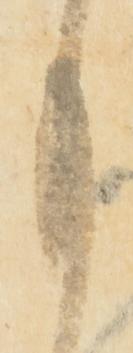
月